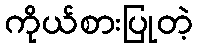
ကိုယ်စားပြုတဲ့